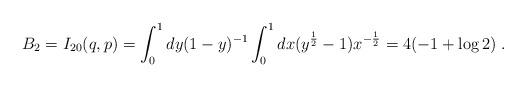
LaTeX: \begin{align*}B_2=I_{20} (q,p) = \int_0^1 dy (1-y)^{-1} \int_0^1 dx (y^{\frac12}-1)x^{-\frac12}= 4(-1+\log 2)\; .\end{align*}